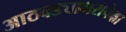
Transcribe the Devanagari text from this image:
आठवड्याभरापेक्षा